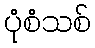
ပုံစံသစ်